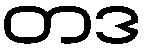
တဒ